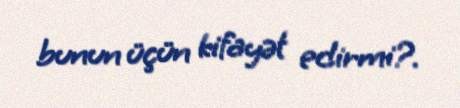
bunun üçün kifayət edirmi?.